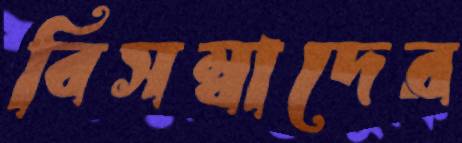
বিসম্বাদের